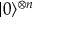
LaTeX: | 0 \rangle ^ { \otimes n }